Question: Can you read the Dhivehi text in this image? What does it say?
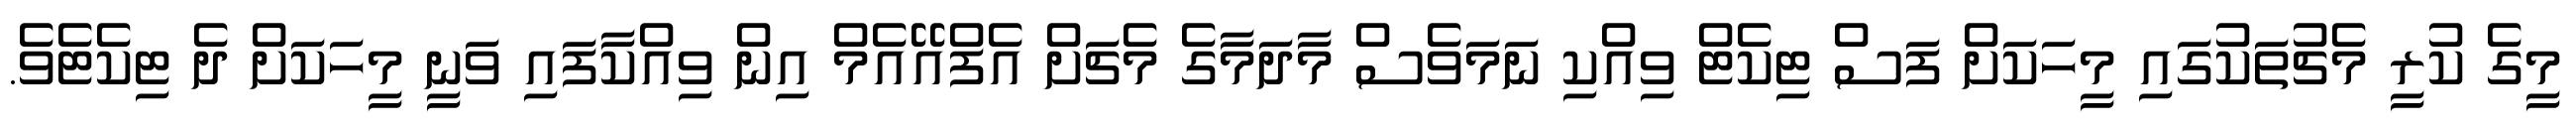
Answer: މީގެ ކުރީ މެޗުތަކުގައި މީހަކަށް ފަސް ޓިކެޓް ވިއްކި ނަމަވެސް މާދަމާގެ މެޗަށް އެފްއޭއެމް އިން ވިއްކާފައި ވަނީ މީހަކަށް ދެ ޓިކެޓެވެ.